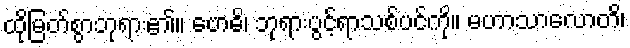
ထိုမြတ်စွာဘုရား၏။ ဗောဓိ၊ ဘုရားပွင့်ရာသစ်ပင်ကို။ မဟာသာလောတိ၊